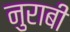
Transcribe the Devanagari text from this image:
नुराबी